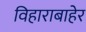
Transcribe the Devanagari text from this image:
विहाराबाहेर